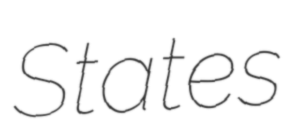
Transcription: States